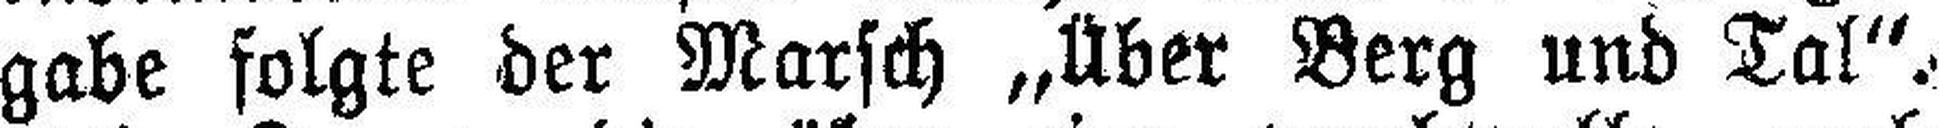
gabe folgte der Marsch „Über Berg und Tal“: